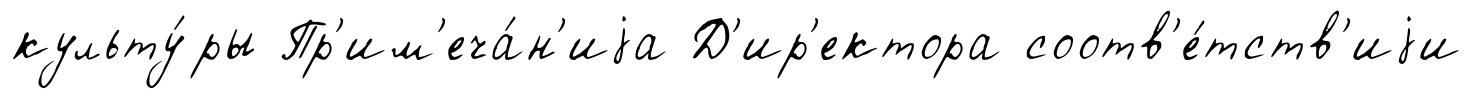
культу́ры Пр'им'еча́н'иjа Д'ир'ектора соотв'е́тств'иjи